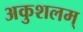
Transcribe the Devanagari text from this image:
अकुशलम्